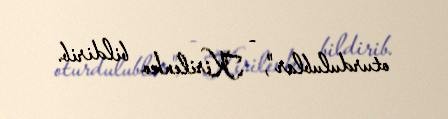
oturdulublar", - Kirilenko bildirib.